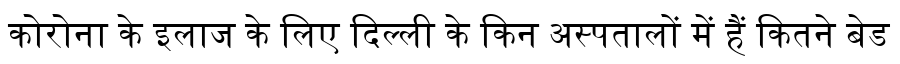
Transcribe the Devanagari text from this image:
कोरोना के इलाज के लिए दिल्ली के किन अस्पतालों में हैं कितने बेड